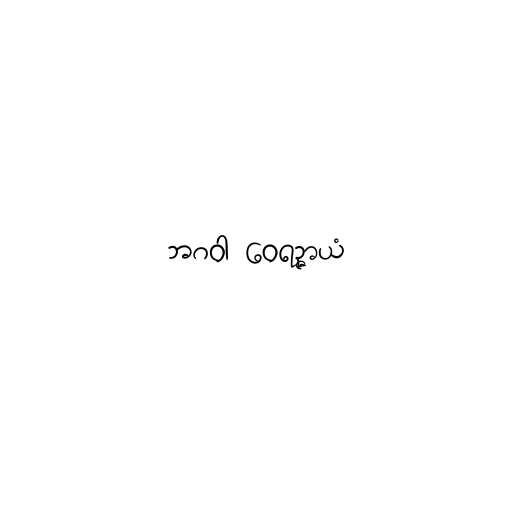
ဘဂဝါ ဝေရဉ္ဇာယံ